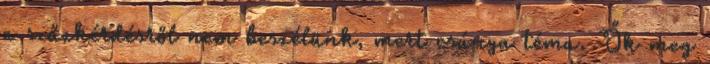
a szűzkérdésről nem beszélünk, mert csúnya téma. Ők meg